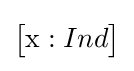
{\begin{bmatrix}{\text{x}}:Ind\end{bmatrix}}